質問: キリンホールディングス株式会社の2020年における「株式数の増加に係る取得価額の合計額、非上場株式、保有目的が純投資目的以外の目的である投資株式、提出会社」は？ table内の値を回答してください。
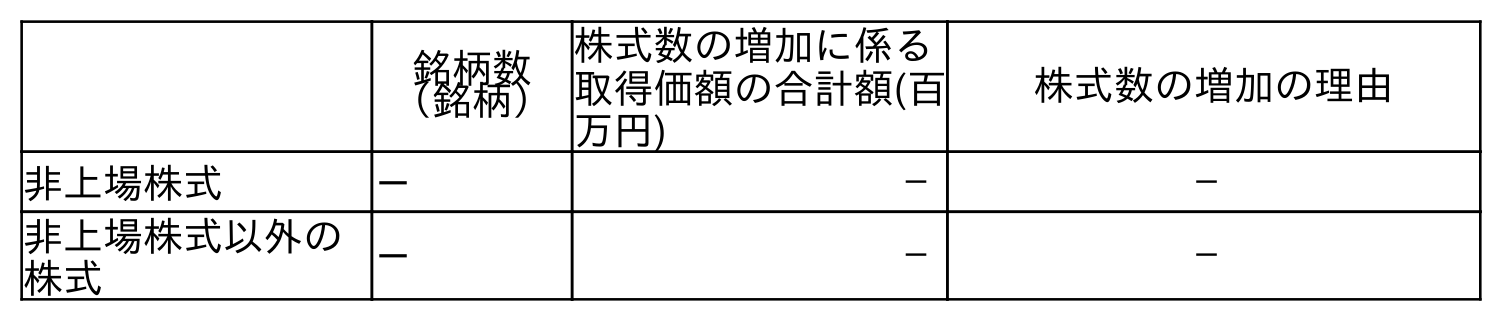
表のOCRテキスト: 銘柄数 （銘柄） 株式数の増加に係る 取得価額の合計額(百 万円) 株式数の増加の理由 非上場株式 － － － 非上場株式以外の 株式 － － －
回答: －